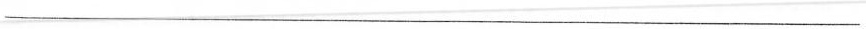
___